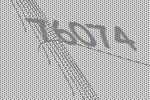
76074